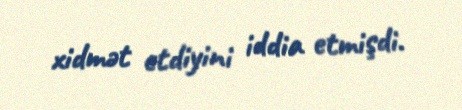
xidmət etdiyini iddia etmişdi.